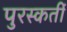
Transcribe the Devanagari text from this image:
पुरस्कर्ती